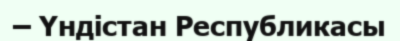
– Үндістан Республикасы